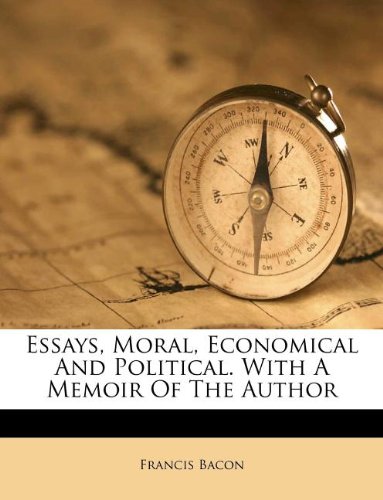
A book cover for Essays, Moral, Economical And Political. With A Memoir Of The Author; Francis Bacon; Crafts, Hobbies & Home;